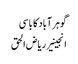
گوہر آباد کا باسی
انجینیر ریاض الحق